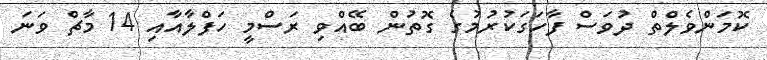
ކޮމަންވެލްތް ދުވަސް ފާހަގަކުރުމުގެ ގޮތުން ބޭއްވި ރަސްމީ ހަފްލާއާއި 14 މާޗް ވަނަ